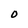
Character: O